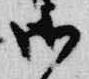
御